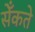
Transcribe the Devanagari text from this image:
सेँकते